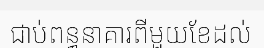
ជាប់ពន្ធនាគារពីមួយខែដល់